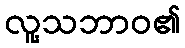
လူ့သဘာဝ၏